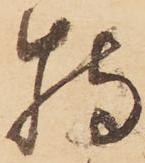
特